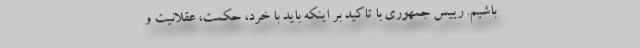
باشیم. رییس جمهوری با تاکید بر اینکه باید با خرد، حکمت، عقلانیت و